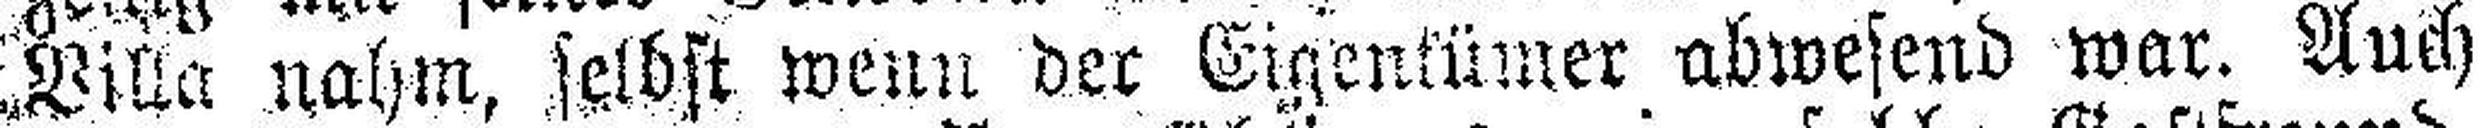
Villa nahm, selbst wenn der Eigentümer abwesend war. Auch